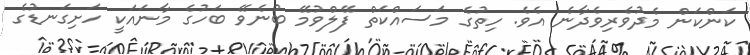
ކަންކަން މެދުވެރިވެދާނެ އެވެ. ހިތުގެ މަސައްކަތް ފޭލްވުމޭ ބުނެވޭ ބަހުގެ މާނައަކީ ހަށިގަނޑުގެ